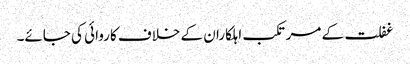
غفلت کے مرتکب اہلکاران کے خلاف کاروائی کی جائے۔